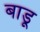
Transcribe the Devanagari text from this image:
बाडू